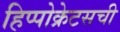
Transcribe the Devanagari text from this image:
हिप्पोक्रेटसची